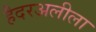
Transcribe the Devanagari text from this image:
हैदरअलीला